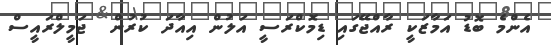
އެންމެ ބޮޑު އަމާޒަކީ ރާއްޖޭގައި ޑިމޮކްރަސީ އަލުން އިއާދަ ކުރުން  ޖަމީލްރައީސް